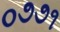
૦૭૭૧